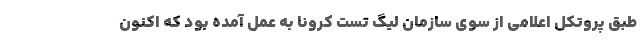
طبق پروتکل اعلامی از سوی سازمان لیگ تست کرونا به عمل آمده بود که اکنون